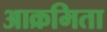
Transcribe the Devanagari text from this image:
आक्रमिता